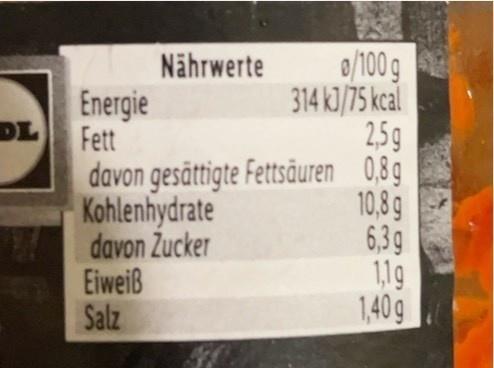
DL
Nährwerte
o/100 g
314 kJ/75 kcal 2,5g 0,8g 10,8 g
Energie
Fett
davon gesättigte Fettsäuren
Kohlenhydrate
davon Zucker
Eiweiß Salz
6,3g
1,1g
1,40 g